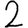
Digit: 2